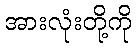
အားလုံးတို့ကို